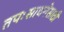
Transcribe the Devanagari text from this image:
तपःसाधनेसाठी